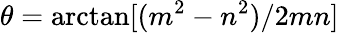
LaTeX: \theta=\arctan[(m^{2}-n^{2})/2mn]